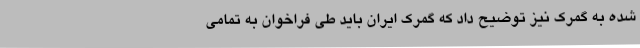
شده به گمرک نیز توضیح داد که گمرک ایران باید طی فراخوان به تمامی